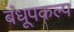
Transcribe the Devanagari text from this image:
बंधूपकल्प